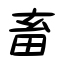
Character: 畜